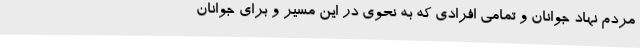
مردم نهاد جوانان و تمامی افرادی که به نحوی در این مسیر و برای جوانان